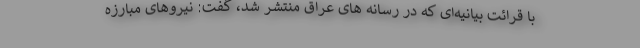
با قرائت بیانیه‌ای که در رسانه های عراق منتشر شد، گفت: نیروهای مبارزه